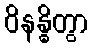
ဝိနန္ဓိတွာ